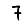
Digit: 7